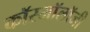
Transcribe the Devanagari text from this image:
कॉस्मॉलॉजी